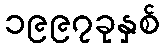
၁၉၉၇ခုနှစ်